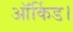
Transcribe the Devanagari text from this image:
ऑर्किड।